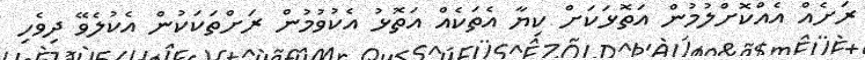
ރަށެއް އެއްކޮށްލުމުން އަތޮޅަކަށް ކިޔާ އެތަކެއް އަތޮޅު އެކުވުމުން ރަށްތަކަކުން އެކުލެވޭ ދިވެހި